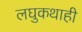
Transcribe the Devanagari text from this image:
लघुकथाही